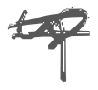
Text: up
Cross-out: double-line
Writing tool: digital_gray